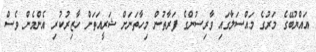
އައްޔުބޭގެ މަރުގެ މައްސަލާގައި ވާރިސުންގެ ފަރާތުން މިހާތަނަށް ޝަރީއަތަށް ހާޒިރުކުރި އެންމެން ވެސް